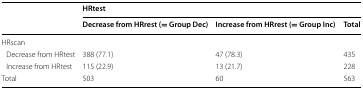
<table><thead><tr><td rowspan="2"></td><td colspan="3"><b>HRtest</b></td></tr><tr><td><b>Decrease from HRrest (= Group Dec)</b></td><td><b>Increase from HRrest (= Group Inc)</b></td><td><b>Total</b></td></tr></thead><tbody><tr><td colspan="4">HRscan</td></tr><tr><td> Decrease from HRtest</td><td>388 (77.1)</td><td>47 (78.3)</td><td>435</td></tr><tr><td> Increase from HRtest</td><td>115 (22.9)</td><td>13 (21.7)</td><td>228</td></tr><tr><td>Total</td><td>503</td><td>60</td><td>563</td></tr></tbody></table>